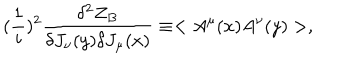
LaTeX: ( { \frac { 1 } { i } } ) ^ { 2 } { \frac { \delta ^ { 2 } Z _ { B } } { \delta J _ { \nu } ( y ) \delta J _ { \mu } ( x ) } } \equiv < A ^ { \mu } ( x ) A ^ { \nu } ( y ) > ,